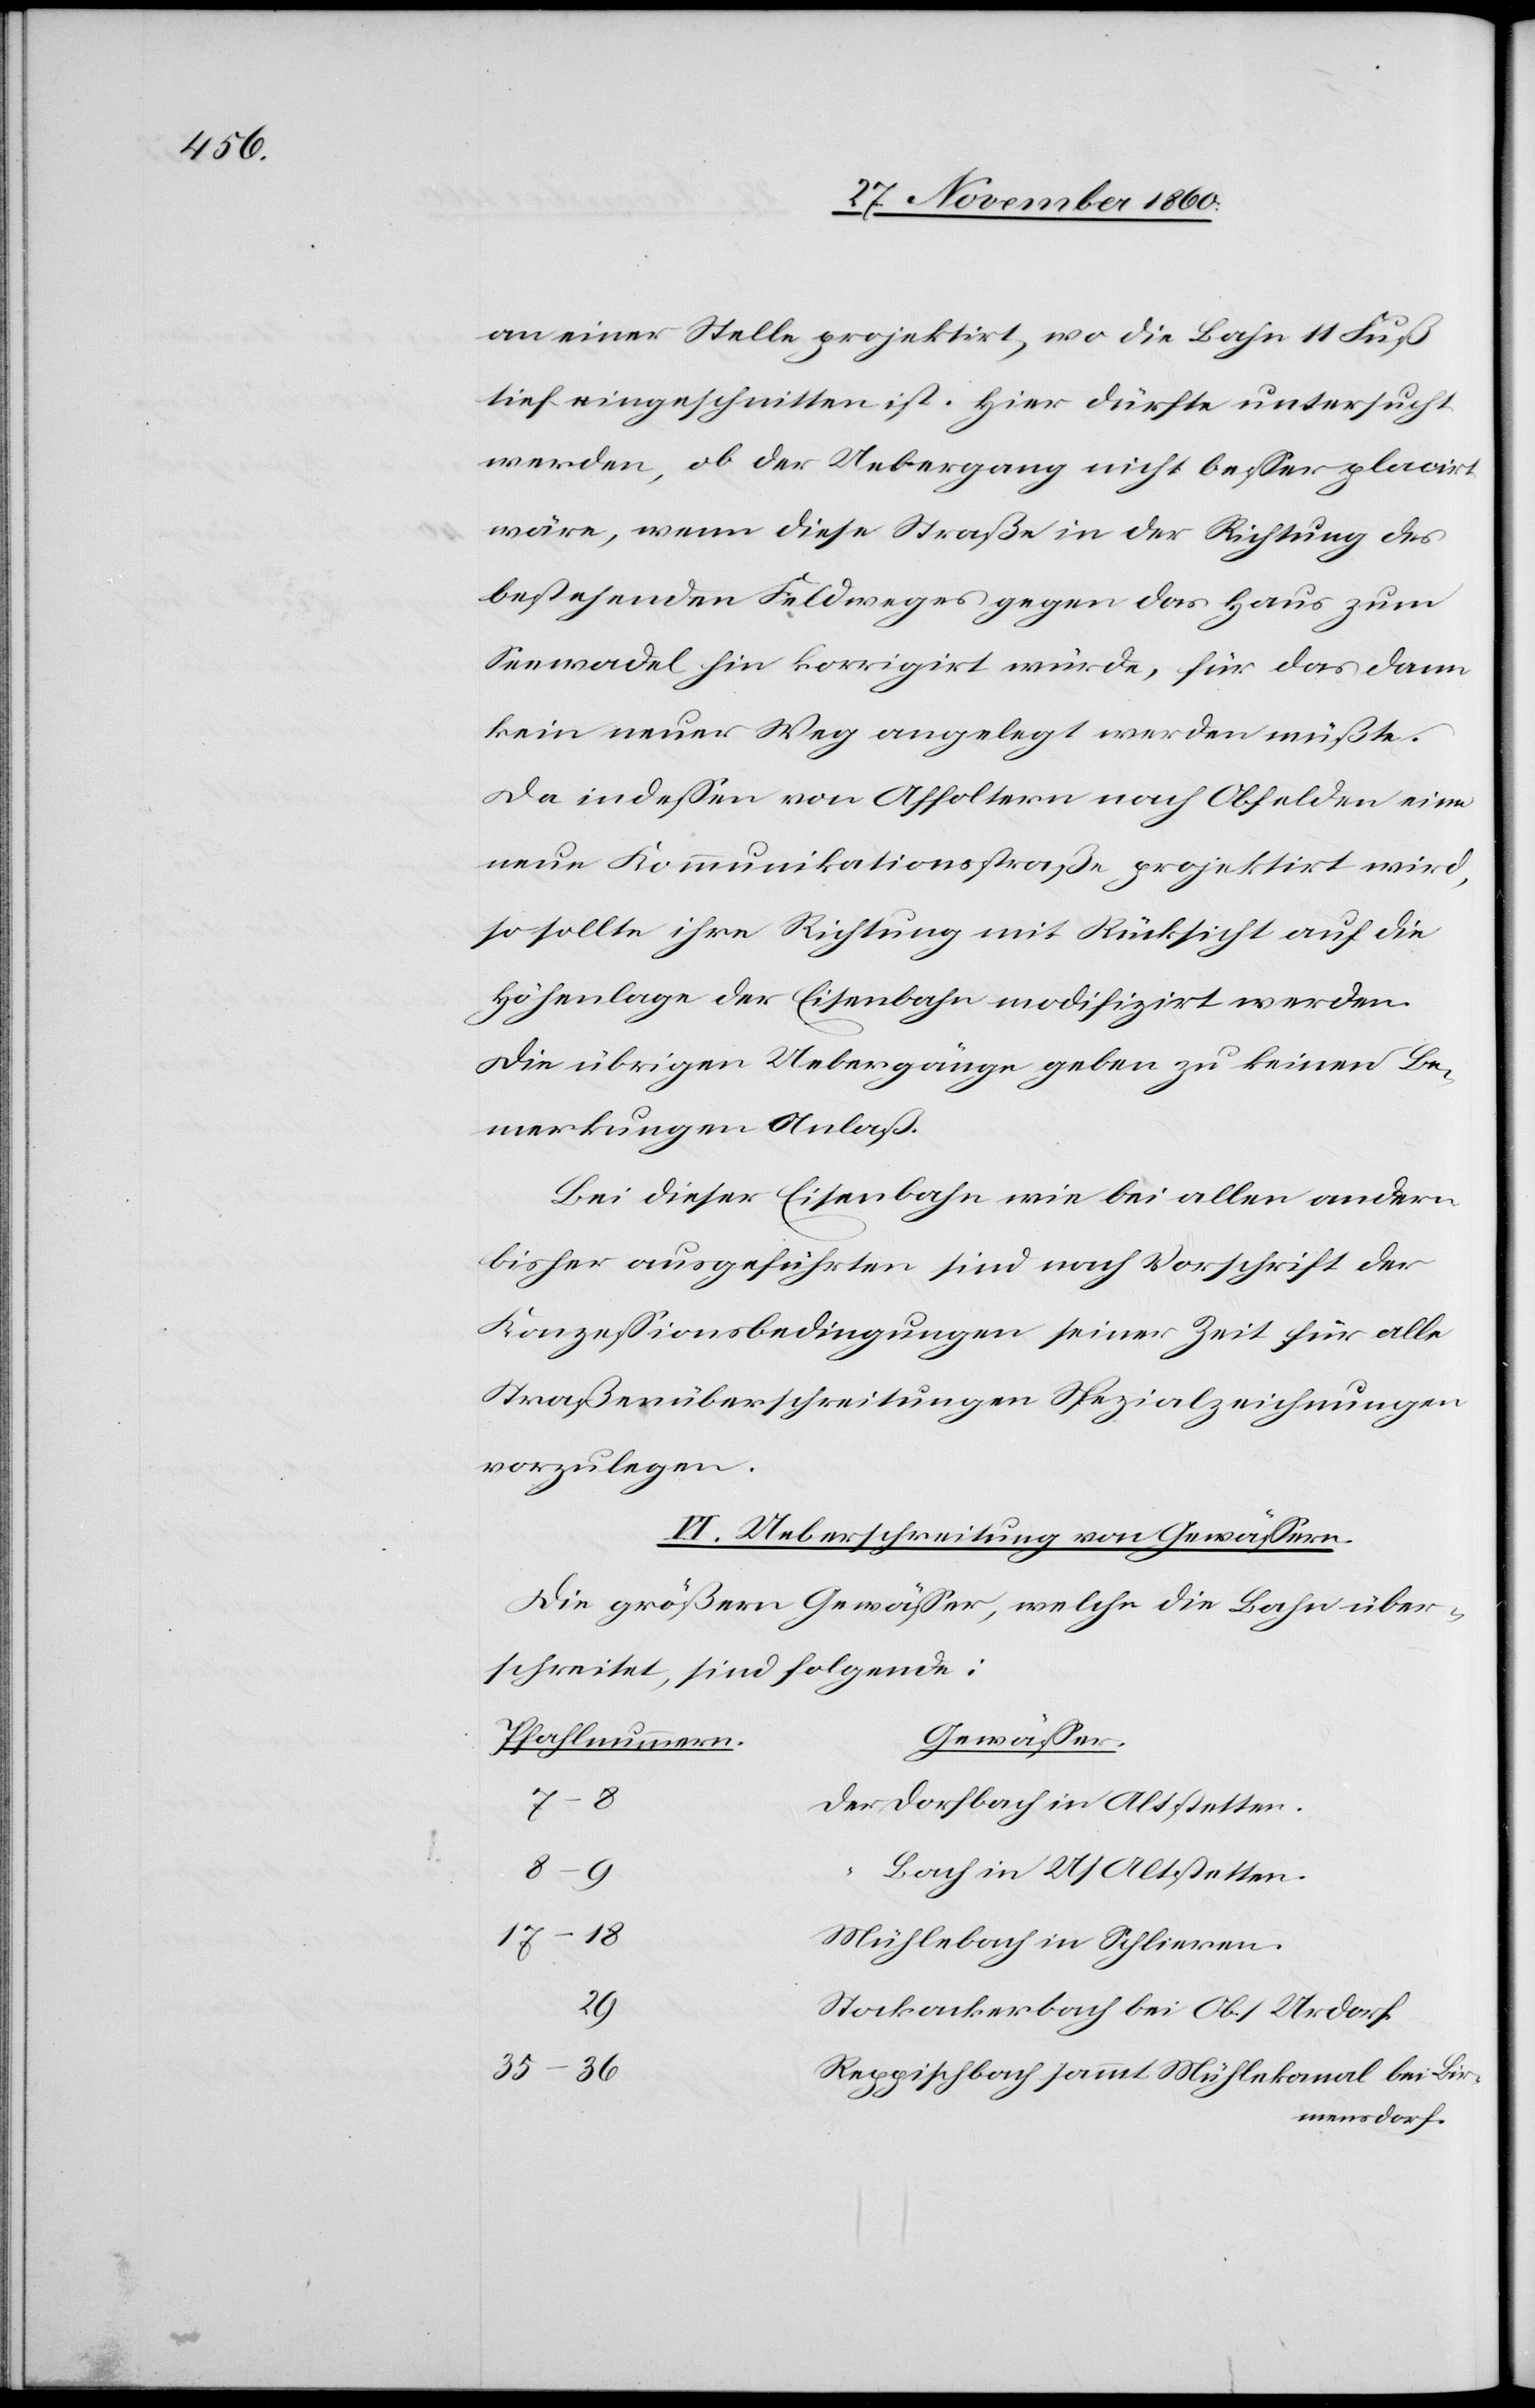
an einer Stelle projektirt, wo die Bahn 11 Fuß
tief eingeschnitten ist. Hier dürfte untersucht
werden, ob der Uebergang nicht besser placirt
wäre, wenn diese Straße in der Richtung des
bestehenden Feldweges gegen das Haus zum
Seewadel hin korrigirt würde, für das dann
kein neuer Weg angelegt werden müßte.
Da indessen von Affoltern nach Obfelden eine
neue Kommunikationsstraße projektirt wird,
so sollte ihre Richtung mit Rücksicht auf die
Höhenlage der Eisenbahn modifizirt werden.
Die übrigen Uebergänge geben zu keinen Be¬
merkungen Anlaß.
Bei dieser Eisenbahn wie bei allen andern
bisher ausgeführten sind nach Vorschrift der
Konzessionsbedingungen seiner Zeit für alle
Straßenüberschreitungen Spezialzeichnungen
vorzulegen.
VI. Ueberschreitung von Gewässern.
Die größern Gewässer, welche die Bahn über¬
schreitet, sind folgende:
Gewässer
Pfahlnummern
7–8
Dorfbach in Altstetten
Bach in U/Altstetten
17–18
Mühlebach in Schlieren
29
Stockackerbach bei Ob/Urdorf
35–36
Reppischbahn sammt Mühlekanal bei Bir¬
mensdorf.